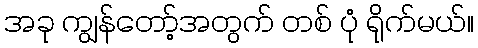
အခု ကျွန်တော့်အတွက် တစ် ပုံ ရိုက်မယ်။